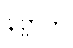
နိဗ္ဗာတိ